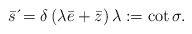
\begin{align*}\bar{s}\,\acute{}=\delta \left( \lambda \bar{e}+\bar{z}\right) \lambda:=\cot \sigma. \end{align*}